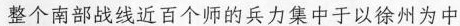
整个南部战线近百个师的兵力集中于以徐州为中